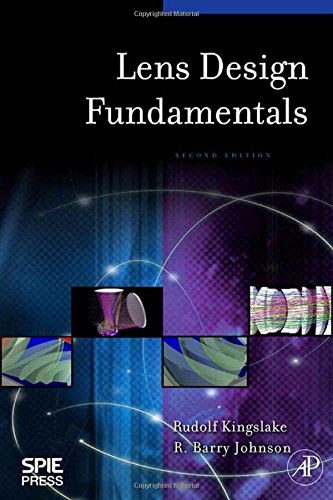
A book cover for Lens Design Fundamentals, Second Edition; Rudolf Kingslake; Science & Math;